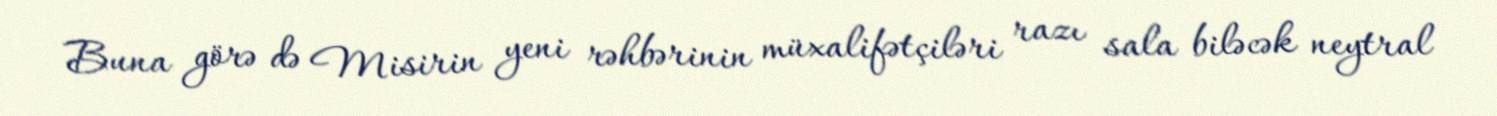
Buna görə də Misirin yeni rəhbərinin müxalifətçiləri razı sala biləcək neytral